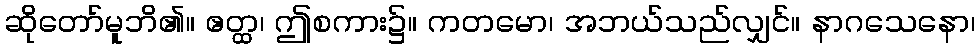
ဆိုတော်မူဘိ၏။ ဧတ္ထ၊ ဤစကား၌။ ကတမော၊ အဘယ်သည်လျှင်။ နာဂသေနော၊